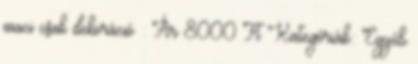
maci csak dekoráció : Ár 8000 Ft Kategóriák: Egyéb